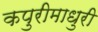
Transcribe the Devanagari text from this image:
कपुरीमाधुरी